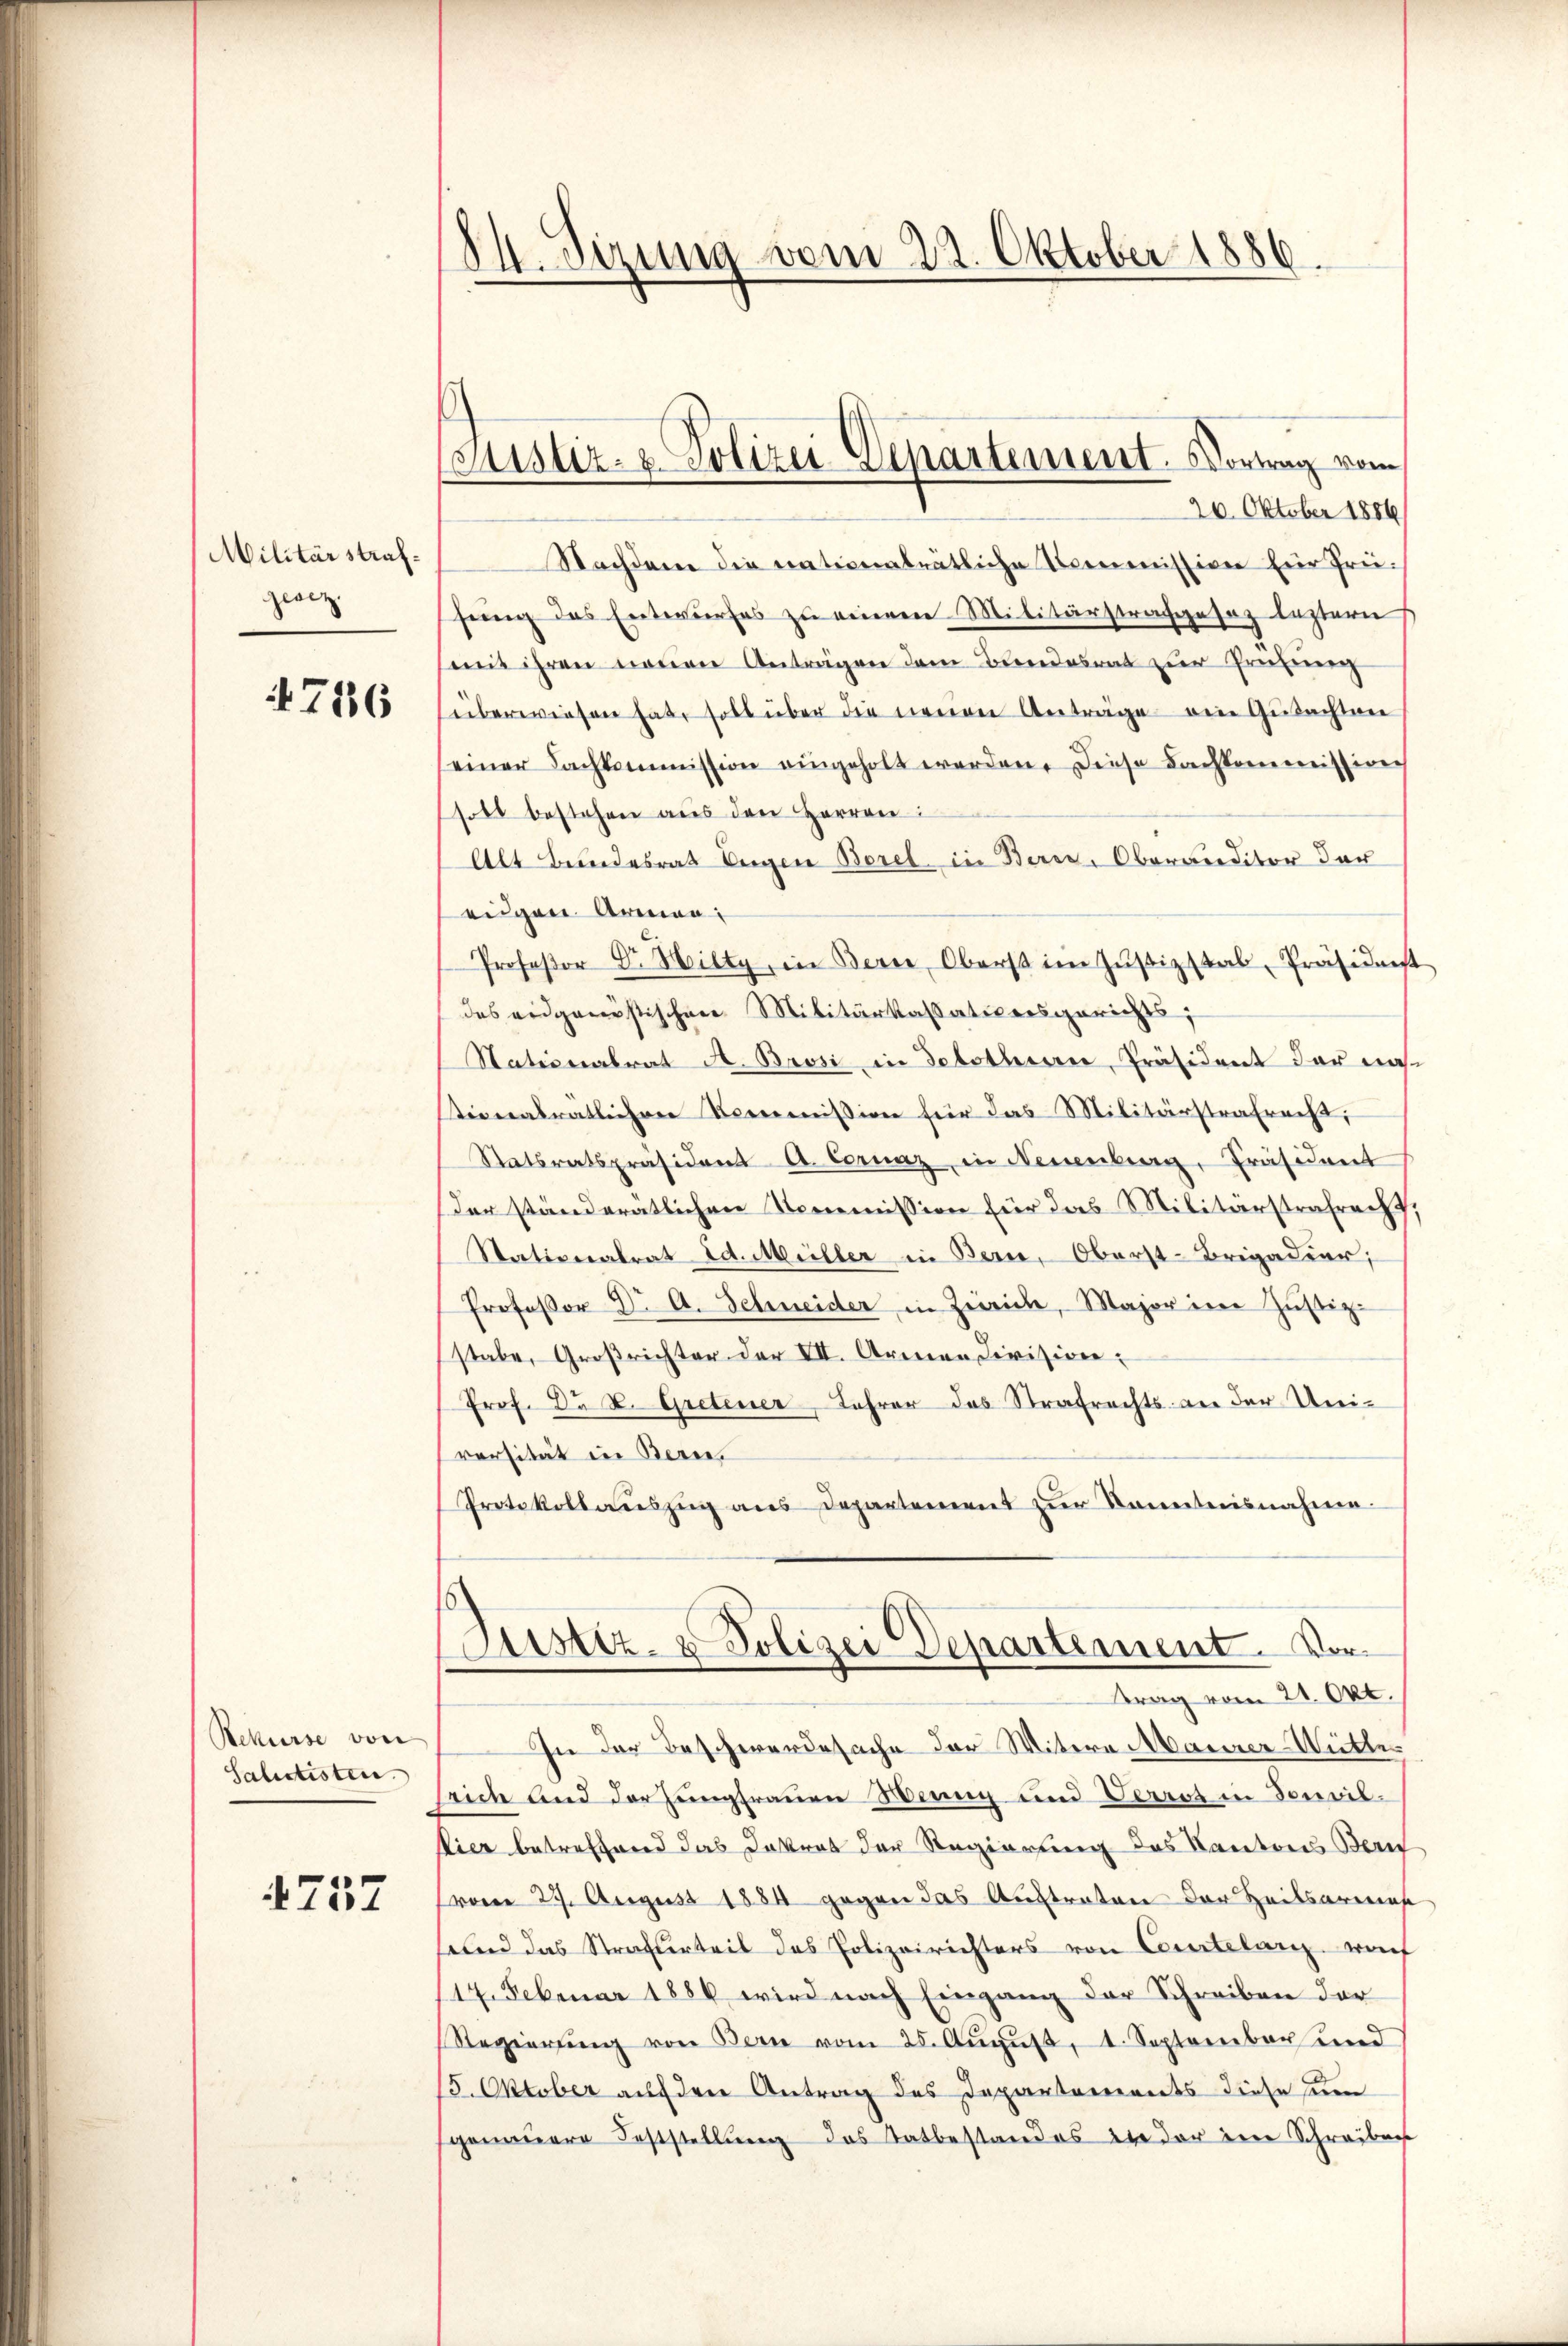
Militärstrafzeiz.

47116

Rekurse von
Salurtisten.

4737

84. Sizung vom 22. Oktober 1886.

Justiz- & Polizei Departement. Vortrag vom

20. Oktober 1886
Nachdem die nativerträtliche Kommission für Prühung des Entwurfes zu einem Militärstrafgesez leztern
mit ihren neuen Anträgen dem Bundesrat zur Prüfung
überwiesen hat soll über die neuen Anträge ein Gutachten
seiner Fachkommission eingeholt werden. Diese Bachkommission
soll bestehen aus den Herren:
Alt Bundesrat Eigen Borel in Berei, Oberanditor der
eigen Armen
Professor Dr. Hilty, in Bern, Oberst im Zŭstizstal, Präsidenst
des eidganistischen Militärkassationsgerichts;
Stationalrat A. Brosi in detothan, Präsident der nationalrätlichen Kommission für das Militärstrafrecht,
Satsratspräsident A. Cornaz, in Neuenburg, Präsident
der ständeratlichen Nommission für das Militärstrafrech
Stationalrat d. Müller in Berne, Oberst-Brigadier,
Professor Dr. A. Schneider in Zürich, Major inne Justiz-
stabe, Großrichter der VII. Armen Civision.
Prof. Du v. Gretener, Lehrer das Strafrechts an der Universität in Berne.
Protokollaŭszŭg ans Departement zŭr Kenntnisnahme.
Justiz- & Polizei Departement. Vortrag vom 21. Okt.
In der Beschwerdesache der Witere Maurer-Witter
rich und der Jungfrauen Wenng und Verros in Foncil
Vier betreffend das Dekret der Regierung des Kantons Beruf
(vom 27. August 1884 gegen das Austraten der Heilsarmens
und das Strafverteil des Polizeirichters von Contilanz, wof
117. Februar 1886 wird nach Eingang der Schreiben der
Regierŭng von Bern vom 25. August, 1. September und
15. Oktober auf den Antrag des Departements diese um
genauere Feststellung das Tatbestand es in der eine Schreiben